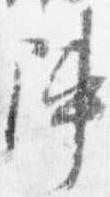
陣